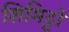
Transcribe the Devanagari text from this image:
शिमिट्टो